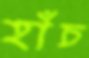
হাঁচ